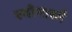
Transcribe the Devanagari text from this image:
स्योनास्मै